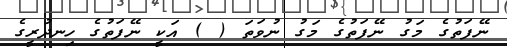
ނޭފަތުގެ މަގު ނޭފަތުގެ މަގު ނުވަތަ ( ) އަކީ ނޭފަތުގެ ހިނދުރީގެ